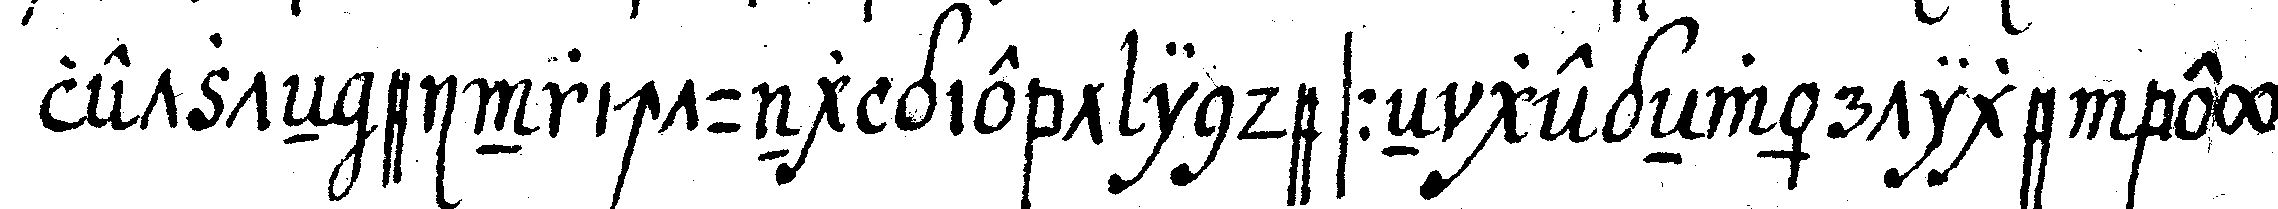
letzteN einrichtung giebt indesseN gegeNwärtige bey